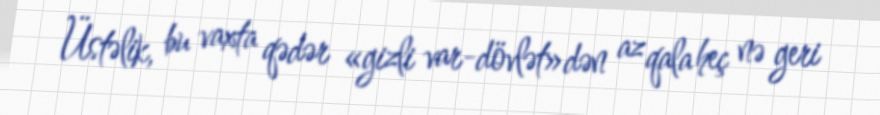
Üstəlik, bu vaxta qədər «gizli var-dövlət»dən az qala heç nə geri